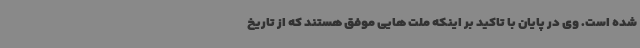
شده است. وی در پایان با تاکید بر اینکه ملت هایی موفق هستند که از تاریخ